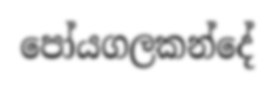
පෝයගලකන්දේ